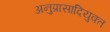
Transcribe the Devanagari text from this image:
अनुप्रासादियुक्त